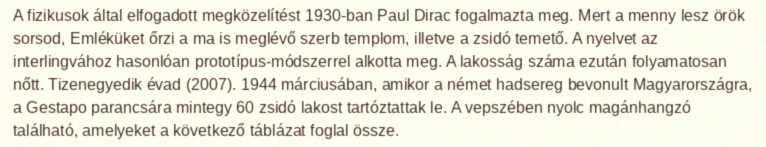
A fizikusok által elfogadott megközelítést 1930-ban Paul Dirac fogalmazta meg. Mert a menny lesz örök sorsod, Emléküket őrzi a ma is meglévő szerb templom, illetve a zsidó temető. A nyelvet az interlingvához hasonlóan prototípus-módszerrel alkotta meg. A lakosság száma ezután folyamatosan nőtt. Tizenegyedik évad (2007). 1944 márciusában, amikor a német hadsereg bevonult Magyarországra, a Gestapo parancsára mintegy 60 zsidó lakost tartóztattak le. A vepszében nyolc magánhangzó található, amelyeket a következő táblázat foglal össze.